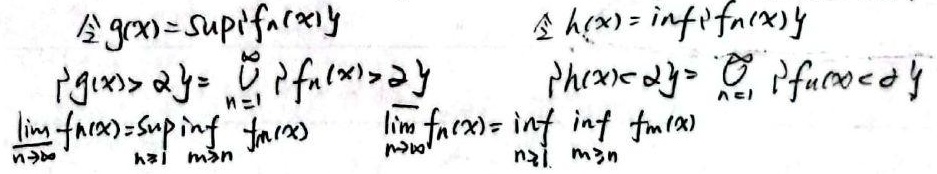
令\(g(x)=\sup\{f_n(x)\}\)，令\(h(x)=\inf\{f_n(x)\}\)。
\(\{g(x) > \alpha\}=\bigcup_{n = 1}^{\infty}\{f_n(x) > \alpha\}\)，\(\{h(x) < \alpha\}=\bigcup_{n = 1}^{\infty}\{f_n(x) < \alpha\}\)。
\(\lim_{n\rightarrow\infty} f_n(x)=\sup_{n\geq1}\inf_{m\geq n} f_m(x)\)，\(\varliminf_{n\rightarrow\infty} f_n(x)=\inf_{n\geq1}\inf_{m\geq n} f_m(x)\)。